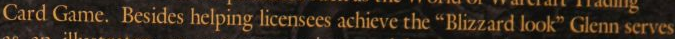
Card Game. Besides helping licensees achieve the "Blizzard look" Glenn serves